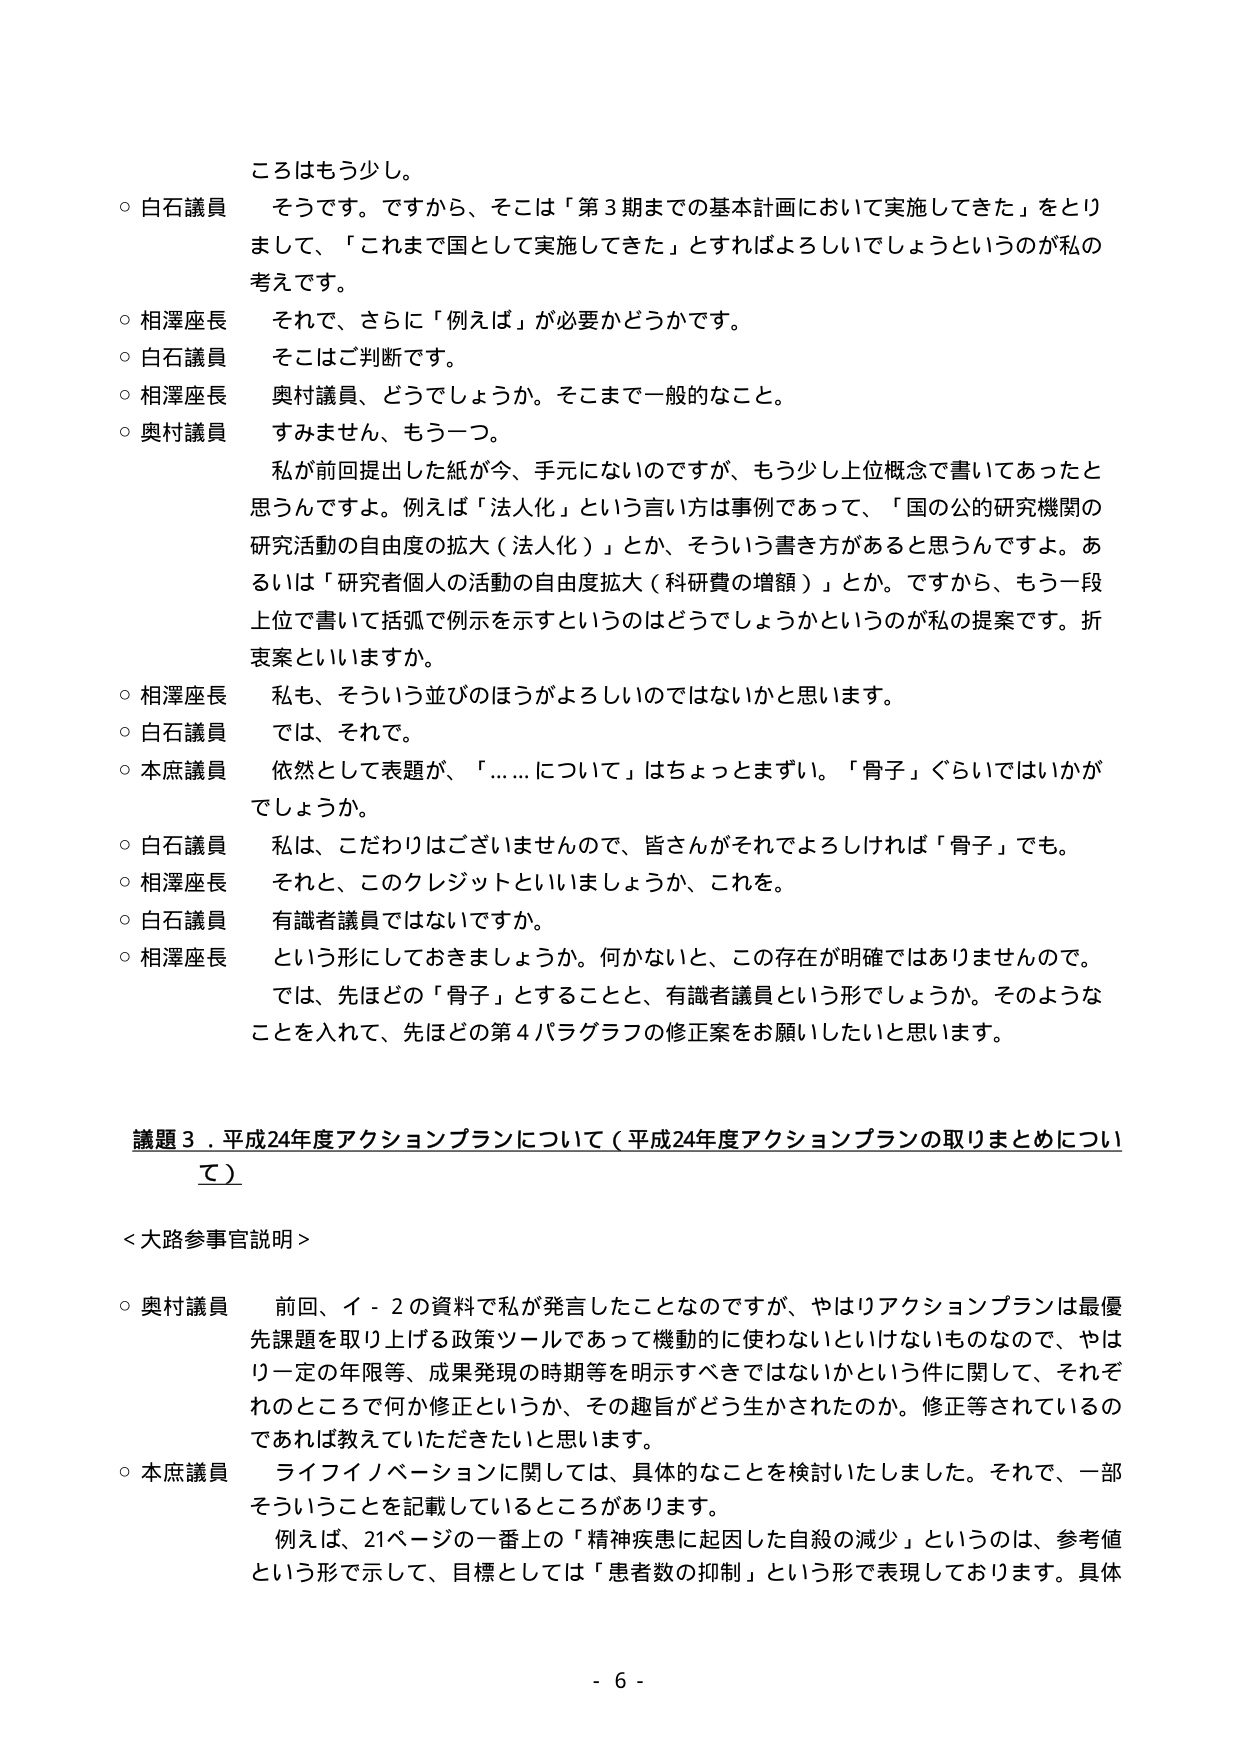
ころはもう少し。

○ 白石議員　そうです。ですから、そこは「第3期までの基本計画において実施してきた」をとりまして、「これまで国として実施してきた」とすればよろしいでしょうというのが私の考えです。

○ 相澤座長　それで、さらに「例えば」が必要かどうかです。

○ 白石議員　そこはご判断です。

○ 相澤座長　奥村議員、どうでしょうか。そこまで一般的なこと。

○ 奥村議員　すみません、もう一つ。

　私が前回提出した紙が今、手元にないのですが、もう少し上位概念で書いてあったと思うんですよ。例えば「法人化」という言い方は事例であって、「国の公的研究機関の研究活動の自由度の拡大（法人化）」とか、そういう書き方があると思うんですよ。あるいは「研究者個人の活動の自由度拡大（科研費の増額）」とか。ですから、もう一段上位で書いて括弧で例示を示すというのはどうでしょうかというのが私の提案です。折衷案といいますか。

○ 相澤座長　私も、そういう並びのほうがよろしいのではないかと思います。

○ 白石議員　では、それで。

○ 本庶議員　依然として表題が、「……について」はちょっとまずい。「骨子」ぐらいではいかがでしょうか。

○ 白石議員　私は、こだわりはございませんので、皆さんがそれでよろしければ「骨子」でも。

○ 相澤座長　それと、このクレジットといいましょうか、これを。

○ 白石議員　有識者議員ではないですか。

○ 相澤座長　という形にしておきましょうか。何かないと、この存在が明確ではありませんので。

　では、先ほどの「骨子」とすることと、有識者議員という形でしょうか。そのようなことを入れて、先ほどの第4パラグラフの修正案をお願いしたいと思います。

議題3．平成24年度アクションプランについて（平成24年度アクションプランの取りまとめについて）

＜大路参事官説明＞

○ 奥村議員　前回、イ－2の資料で私が発言したことなのですが、やはりアクションプランは最優先課題を取り上げる政策ツールであって機動的に使わないといけないものなので、やはり一定の年限等、成果発現の時期等を明示すべきではないかという件に関して、それぞれのところで何か修正というか、その趣旨がどう生かされたのか。修正等されているのであれば教えていただきたいと思います。

○ 本庶議員　ライフイノベーションに関しては、具体的なことを検討いたしました。それで、一部そういうことを記載しているところがあります。

　例えば、21ページの一番上の「精神疾患に起因した自殺の減少」というのは、参考値という形で示して、目標としては「患者数の抑制」という形で表現しております。具体

- 6 -